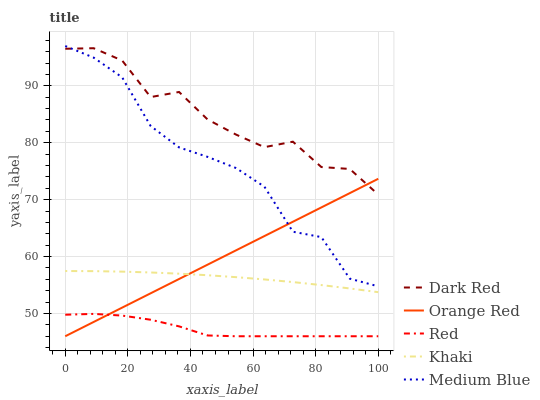
| xaxis_label | Dark Red | Orange Red | Red | Khaki | Medium Blue |
 | --- | --- | --- | --- | --- | --- |
 | 0 | 96.5 | 46 | 49.8 | 57.5 | 97 |
 | 9.09 | 96.6 | 48.5 | 49.9 | 57.4 | 95 |
 | 18.2 | 94.5 | 51 | 49.6 | 57.4 | 91.5 |
 | 27.3 | 88 | 53.5 | 48.9 | 57.2 | 82.9 |
 | 36.4 | 88.9 | 56.1 | 47.7 | 57 | 79.2 |
 | 45.5 | 84.1 | 58.6 | 46.1 | 56.7 | 77.5 |
 | 54.5 | 81.4 | 61.1 | 46 | 56.4 | 75.6 |
 | 63.6 | 79.2 | 63.6 | 46 | 56 | 72.3 |
 | 72.7 | 80.2 | 66.1 | 46 | 55.5 | 64.4 |
 | 81.8 | 75.7 | 68.6 | 46 | 55 | 63.4 |
 | 90.9 | 75.4 | 71.2 | 46 | 54.4 | 56.1 |
 | 100 | 70.9 | 73.7 | 46 | 53.7 | 54.8 |